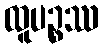
ထူပဉ္စဿ